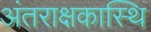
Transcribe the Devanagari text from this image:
अंतराक्षकास्थि